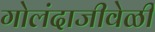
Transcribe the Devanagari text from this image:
गोलंदाजीवेळी